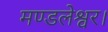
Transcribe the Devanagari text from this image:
मण्डलेश्वर।